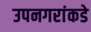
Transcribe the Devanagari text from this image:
उपनगरांकडे